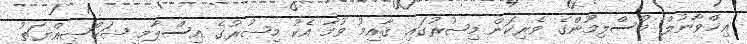
އިޚްވާނުލް މުސްލިމޫންގެ ވެރިކަން މިޞުރުގައި ޤާއިމު ވުމާ އެކު މިޞުރުގެ އިސްލާމީ ޝަޚްޞިއްޔަތު